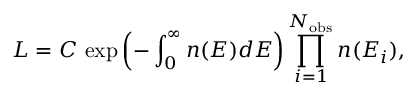
{ \cal L } = C \, \exp \left( - \int _ { 0 } ^ { \infty } n ( E ) d E \right) \prod _ { i = 1 } ^ { N _ { \mathrm { o b s } } } n ( E _ { i } ) ,